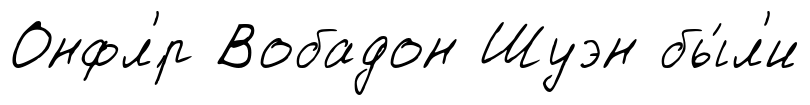
Онфл'́р Вобадон Шуэн бы́л'и